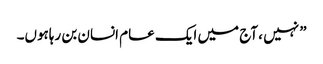
” نہیں ، آج میں ایک عام انسان بن رہاہوں۔